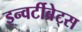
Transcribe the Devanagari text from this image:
इन्वर्टीब्रेट्स